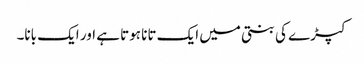
کپڑے کی بنتی میں ایک تانا ہوتا ہے اور ایک بانا۔